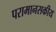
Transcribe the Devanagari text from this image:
परामानसकीय